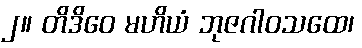
၂။ တိဒိဝေ မဟိယံ ဘုဇဂါဝသထေ၊